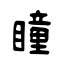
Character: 瞳